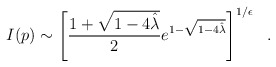
\begin{align*}I(p)\sim\left[{1+\sqrt{1-4{\hat\lambda}}\over 2}e^{1-\sqrt{1-4{\hat\lambda}}}\right]^{1/\epsilon}~~.\end{align*}